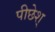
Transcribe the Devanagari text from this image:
पीछेश्